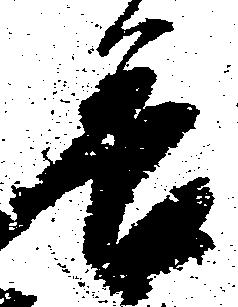
善